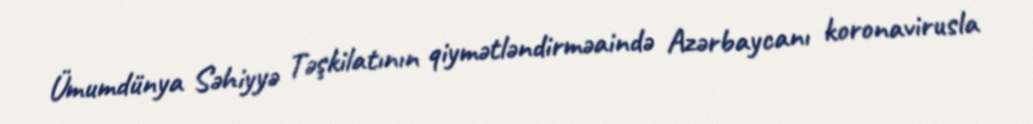
Ümumdünya Səhiyyə Təşkilatının qiymətləndirməaində Azərbaycanı koronavirusla